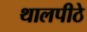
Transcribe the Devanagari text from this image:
थालपीठे